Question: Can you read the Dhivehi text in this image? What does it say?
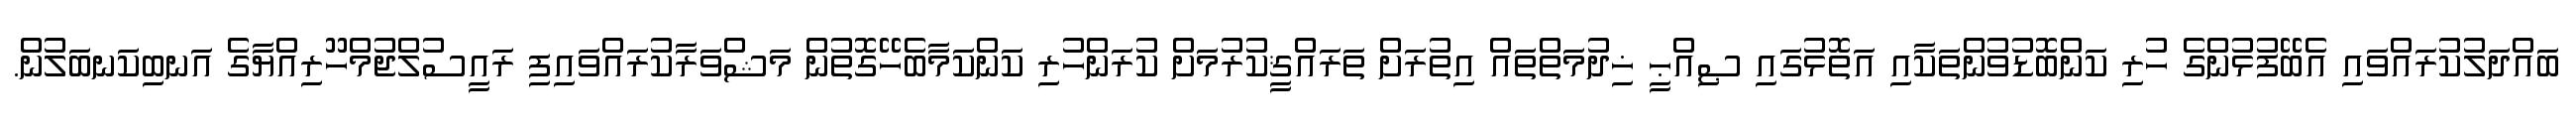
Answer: ބައްދަލުކުރައްވައި އެބޭފުޅުންގެ ހުރި ކަންބޮޑުވުންތަކާއި އަތޮޅުގައި ޞިއްޙީ ޚިދުމަތްތައް އިތުރަށް ތަރައްޤީކުރުމަށް ކުރަންހުރި ކަންކަމާބެހޭގޮތުން މަޝްވަރާކުރައްވައިފި ރައީސުލްޖުމްހޫރިއްޔާގެ އަނބިކަނބަލުން.